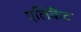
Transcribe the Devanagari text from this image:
एलिकैंट